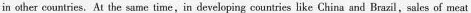
in other countries. At the same time,in developing countries like China and Brazil,sales of meat